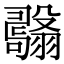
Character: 𦒫